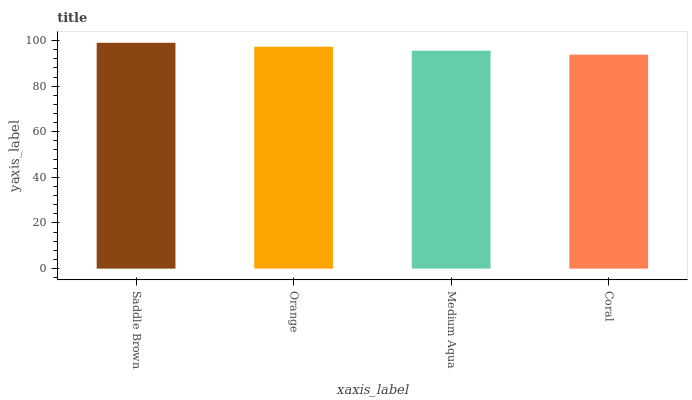
| xaxis_label | bars |
 | --- | --- |
 | Saddle Brown | 99 |
 | Orange | 97.3 |
 | Medium Aqua | 95.5 |
 | Coral | 93.8 |